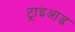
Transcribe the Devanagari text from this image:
ट्राइआड